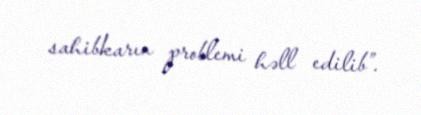
sahibkarın problemi həll edilib”.